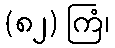
(၈၂) ကြံ၊